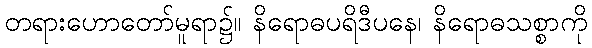
တရားဟောတော်မူရာ၌။ နိရောဓပရိဒီပနေ၊ နိရောဓသစ္စာကို